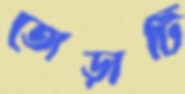
তোড়াটি